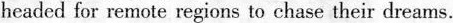
headed for remote regions to chase their dreams.